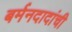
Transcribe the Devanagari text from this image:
बर्मनदादांची